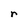
Character: r